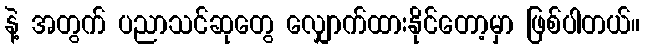
နဲ့ အတွက် ပညာသင်ဆုတွေ လျှောက်ထားနိုင်တော့မှာ ဖြစ်ပါတယ်။